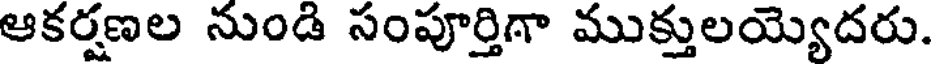
ఆకర్షణల నుండి సంపూర్తిగా ముక్తులయ్యదరు.